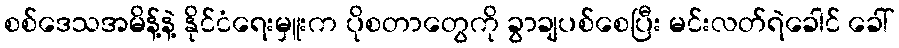
စစ်ဒေသအမိန့်နဲ့ နိုင်ငံရေးမှူးက ပိုစတာတွေကို ခွာချပစ်စေပြီး မင်းလတ်ရဲခေါင် ခေါ်